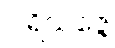
ပါရိသဇ္ဇေ